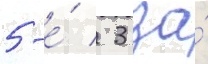
5-е́ / 3 за́